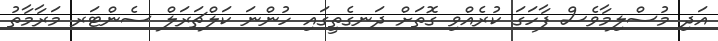
އަދި މުސްލިމާވެސް ފާހަގަ ކުރެއްވި ގޮތަށް ދަނގެތީގައި ހުންނަ ކަލްޗަރަލް ސެންޓަރ މަރާމާތު